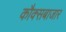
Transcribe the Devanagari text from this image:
कौक्सबाजार